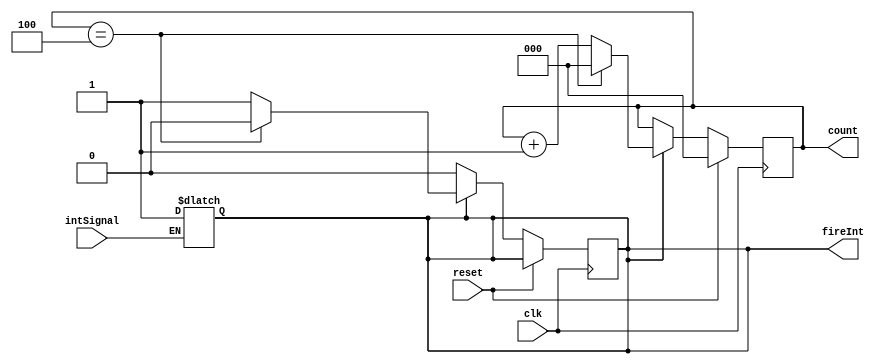
module intCounter(intSignal,clk,reset,count,fireInt);
  input clk;
  input reset;
  input intSignal;
  output reg [2:0] count;
  output reg fireInt;
  always @(*) begin
    if (intSignal) begin
        fireInt = 1;
    end
  end
  //always block will be executed at each and every positive edge of the clock
  always@(posedge clk) 
  begin
    // You need to reset before using the counter for the first time
    if(reset) begin
        count = 3'b0;
    end 
    else if(fireInt) begin
        if (count == 3'd4) begin
            fireInt = 0;
            count = 3'b0;
        end
        else begin
            count = count + 1;
            fireInt = 1;
        end
    end
  end
endmodule